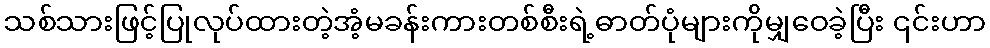
သစ်သားဖြင့်ပြုလုပ်ထားတဲ့အံ့မခန်းကားတစ်စီးရဲ့ဓာတ်ပုံများကိုမျှဝေခဲ့ပြီး ၎င်းဟာ